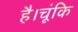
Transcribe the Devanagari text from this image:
है।चूंकि